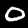
Digit: 0